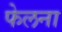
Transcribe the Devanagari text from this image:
फेलना